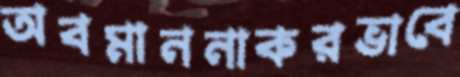
অবমাননাকরভাবে